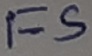
Text: FS